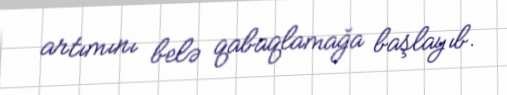
artımını belə qabaqlamağa başlayıb.